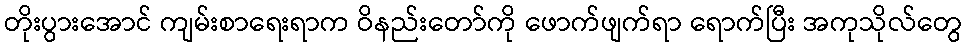
တိုးပွားအောင် ကျမ်းစာရေးရာက ဝိနည်းတော်ကို ဖောက်ဖျက်ရာ ရောက်ပြီး အကုသိုလ်တွေ